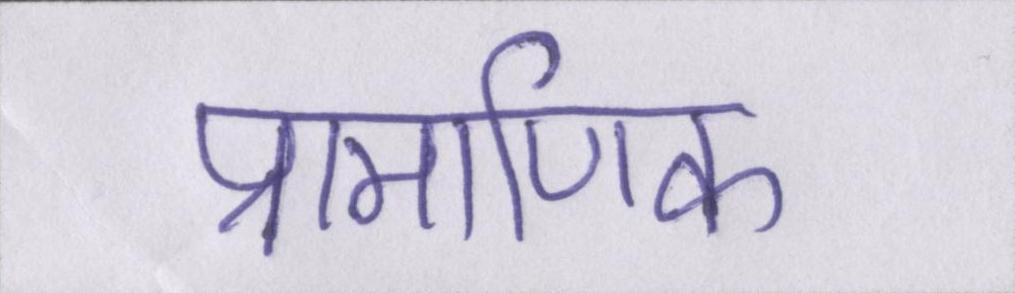
प्रामाणिक